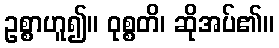
ဥစ္စာဟူ၍။ ဝုစ္စတိ၊ ဆိုအပ်၏။